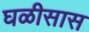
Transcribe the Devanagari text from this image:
घळीसास